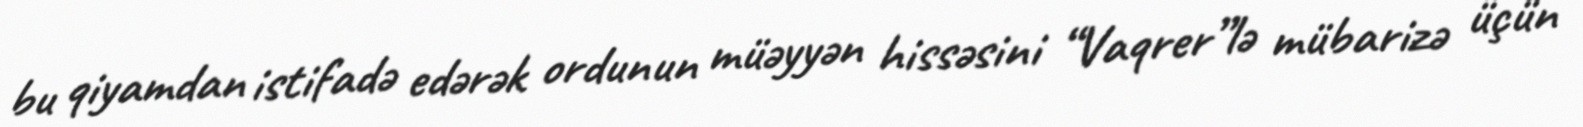
bu qiyamdan istifadə edərək ordunun müəyyən hissəsini “Vaqrer”lə mübarizə üçün